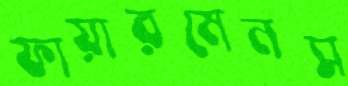
ফায়ারমেনস